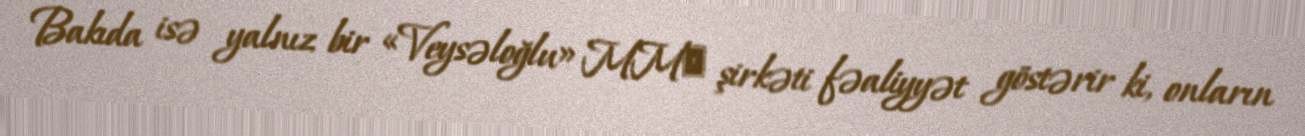
Bakıda isə yalnız bir «Veysəloğlu» MMС şirkəti fəaliyyət göstərir ki, onların